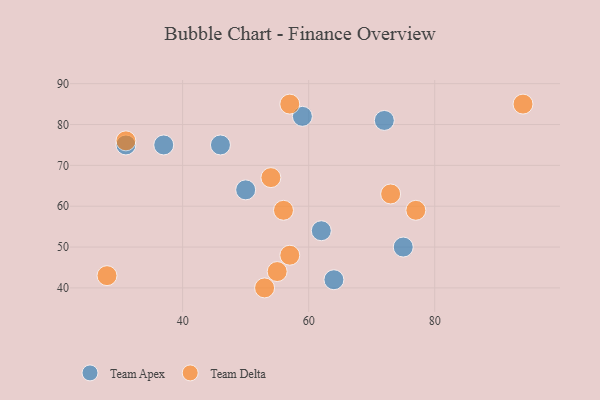
{"axis": {"x": "GDP", "y": "Life Expectancy"}, "legend": ["Team Apex", "Team Delta"], "data": [{"x": "37", "y": 75, "type": "Team Apex"}, {"x": "62", "y": 54, "type": "Team Apex"}, {"x": "64", "y": 42, "type": "Team Apex"}, {"x": "31", "y": 75, "type": "Team Apex"}, {"x": "50", "y": 64, "type": "Team Apex"}, {"x": "46", "y": 75, "type": "Team Apex"}, {"x": "72", "y": 81, "type": "Team Apex"}, {"x": "59", "y": 82, "type": "Team Apex"}, {"x": "75", "y": 50, "type": "Team Apex"}, {"x": "28", "y": 43, "type": "Team Delta"}, {"x": "31", "y": 76, "type": "Team Delta"}, {"x": "57", "y": 48, "type": "Team Delta"}, {"x": "54", "y": 67, "type": "Team Delta"}, {"x": "94", "y": 85, "type": "Team Delta"}, {"x": "57", "y": 85, "type": "Team Delta"}, {"x": "73", "y": 63, "type": "Team Delta"}, {"x": "53", "y": 40, "type": "Team Delta"}, {"x": "55", "y": 44, "type": "Team Delta"}, {"x": "77", "y": 59, "type": "Team Delta"}, {"x": "56", "y": 59, "type": "Team Delta"}]}